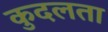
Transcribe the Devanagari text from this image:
कुदलता